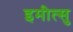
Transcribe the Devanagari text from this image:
इमीत्सु